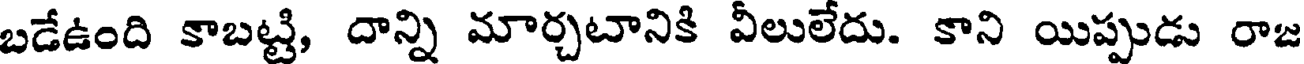
బడేఉంది కాబట్టి, దాన్ని మార్చటానికి వీలులేదు. కాని యిప్పుడు రాజ